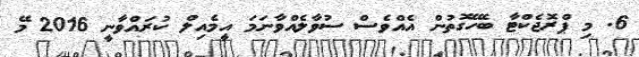
6. މި ޕްރޮޖެކްޓާ ބެހޭގޮތުން އެއްވެސް ސުވާލެއްވާނަމަ އީމެއިލް ކުރައްވާނީ 2016 މޭ